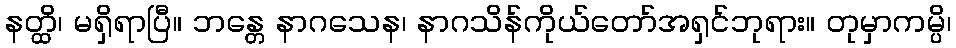
နတ္ထိ၊ မရှိရာပြီ။ ဘန္တေ နာဂသေန၊ နာဂသိန်ကိုယ်တော်အရှင်ဘုရား။ တုမှာကမ္ပိ၊